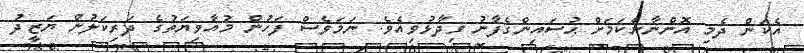
އެކަން ދެމި އޮންނާނެކަމަށް ޙުސައިންގެފާނު ވިދާޅުވިއެވެ. ނަމަވެސް ފަހުން މުއާވިޔަތުގެ ދަރިކަލުން ޔަޒީދު